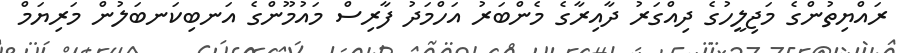
ރައްޔިތުންގެ މަޖިލީހުގެ ދިއްގަރު ދާއިރާގެ މެންބަރު އަހްމަދު ފާރިސް މައުމޫންގެ އަނބިކަނބަލުން މަރިޔަމް